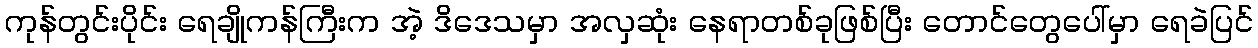
ကုန်တွင်းပိုင်း ရေချိုကန်ကြီးက အဲ့ ဒိဒေသမှာ အလှဆုံး နေရာတစ်ခုဖြစ်ပြီး တောင်တွေပေါ်မှာ ရေခဲပြင်